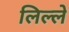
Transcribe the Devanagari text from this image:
लिल्ले